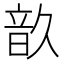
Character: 𩐗